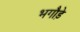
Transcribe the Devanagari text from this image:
भगौड़े